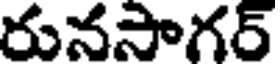
రునసాగర్